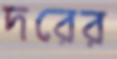
দরের